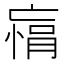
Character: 𫡾